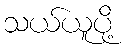
သယ်ယူပို့